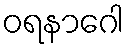
ဝရနာဂေါ